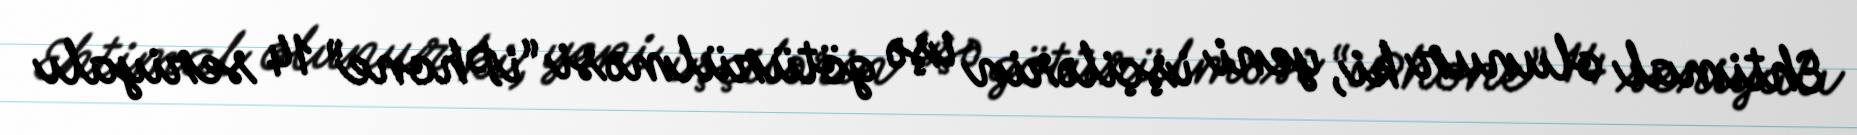
Ehtimal olunur ki, yeni işçilərin işə götürülməsi “iPhone” 14 seriyalı